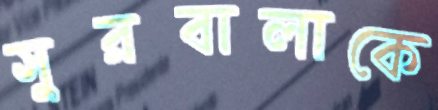
সুরবালাকে